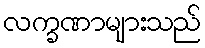
လက္ခဏာများသည်